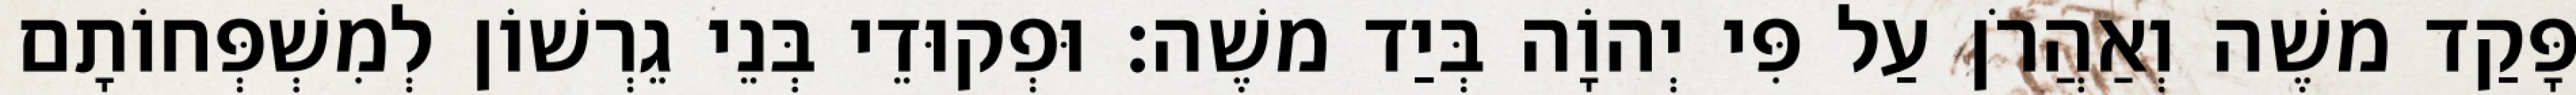
פָּקַד משֶׁה וְאַהֲרֹן עַל פִּי יְהוָֹה בְּיַד משֶׁה׃ וּפְקוּדֵי בְּנֵי גֵרְשׁוֹן לְמִשְׁפְּחוֹתָם